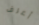
أعرف